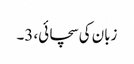
زبان کی سچائی، 3۔